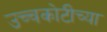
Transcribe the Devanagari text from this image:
उच्चकोटीच्या